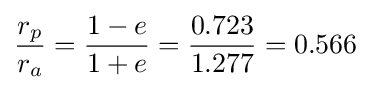
{{r_{p}} \over {r_{a}}}={{1-e} \over {1+e}}={{0.723} \over {1.277}}=0.566